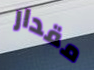
مقدار